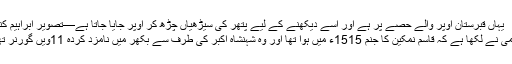
یہاں قبرستان اوپر والے حصے پر ہے اور اسے دیکھنے کے لیے پتھر کی سیڑھیاں چڑھ کر اوپر جایا جاتا ہے—تصویر ابراہیم کنبھر
گرامی نے لکھا ہے کہ قاسم نمکین کا جنم 1515ء میں ہوا تھا اور وہ شہنشاہ اکبر کی طرف سے بکھر میں نامزد کردہ 11ویں گورنر تھے۔